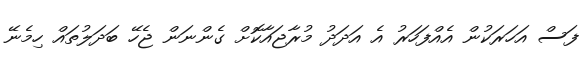
ފަސް އަހަރަކުން އެއްފަހަރު އެ އަދަދު މުރާޖައާކޮށް ގެންނަން ޖެހޭ ބަދަލުތައް ހިމެނޭ